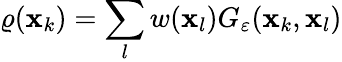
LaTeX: \varrho(\mathbf{x}_{k})=\sum_{l}w(\mathbf{x}_{l})G_{\varepsilon}(\mathbf{x}_{k},\mathbf{x}_{l})